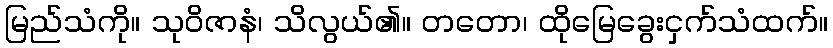
မြည်သံကို။ သုဝိဇာနံ၊ သိလွယ်၏။ တတော၊ ထိုမြေခွေးငှက်သံထက်။